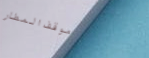
موقف المطار